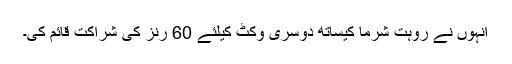
انہوں نے روہت شرما کیساتھ دوسری وکٹ کیلئے 60 رنز کی شراکت قائم کی۔